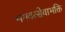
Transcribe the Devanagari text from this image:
भगवत्सेवाभक्ति